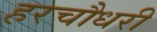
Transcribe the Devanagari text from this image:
हरचौधरी